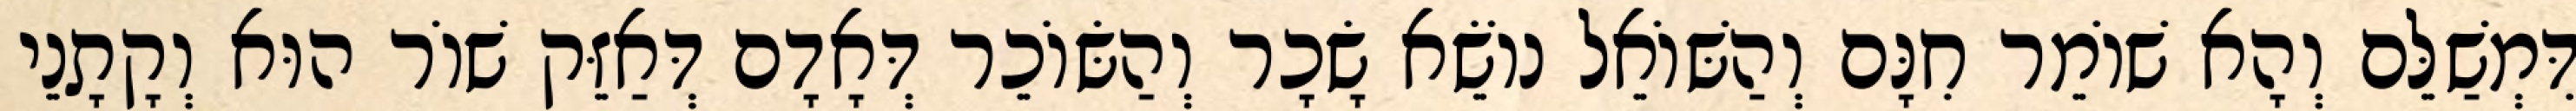
דִּמְשַׁלֵּם וְהָא שׁוֹמֵר חִנָּם וְהַשּׁוֹאֵל נוֹשֵׂא שָׂכָר וְהַשּׂוֹכֵר דְּאָדָם דְּאַזֵּק שׁוֹר הוּא וְקָתָנֵי